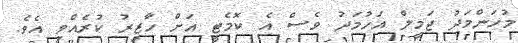
މުހަންމަދު ޖަމީލް އަހުމަދު ވެސް އެ ކޮމެޓީ އަށް ހާޒިރު ކުރެއްވި އެވެ.